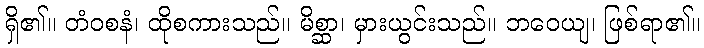
ရှိ၏။ တံဝစနံ၊ ထိုစကားသည်။ မိစ္ဆာ၊ မှားယွင်းသည်။ ဘဝေယျ၊ ဖြစ်ရာ၏။